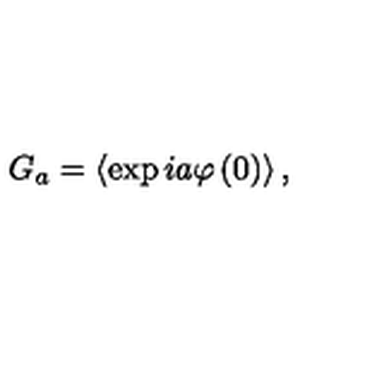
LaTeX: G _ { a } = \left\langle \exp i a \varphi \left( 0 \right) \right\rangle ,